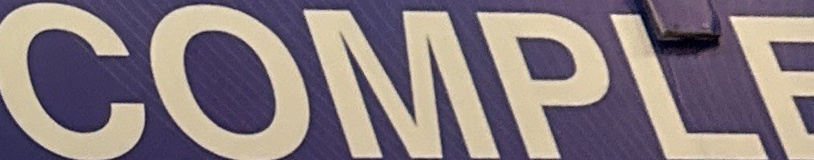
COMPLEF